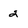
Character: 2